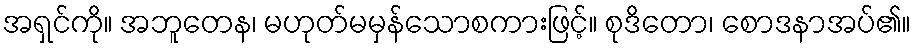
အရှင်ကို။ အဘူတေန၊ မဟုတ်မမှန်သောစကားဖြင့်။ စုဒိတော၊ စောဒနာအပ်၏။